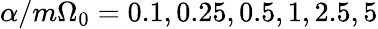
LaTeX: \alpha/m\Omega_{0}=0.1,0.25,0.5,1,2.5,5